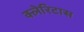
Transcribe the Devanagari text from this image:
क्लेरिटास